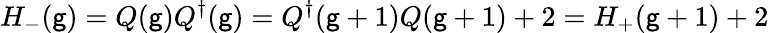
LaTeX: H_{-}(\mathsf{g})=Q(\mathsf{g})Q^{\dagger}(\mathsf{g})=Q^{\dagger}(\mathsf{g}+1)Q(\mathsf{g}+1)+2=H_{+}(\mathsf{g}+1)+2